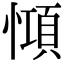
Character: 𢠷